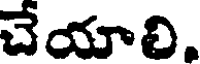
చేయాలి.